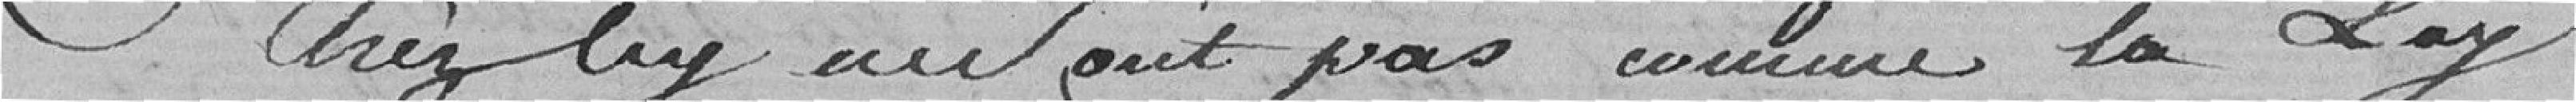
chez lui ne sont pas comme la loi